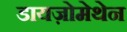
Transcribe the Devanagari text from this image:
डायज़ोमेथेन